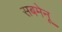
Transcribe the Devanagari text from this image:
सबमेनू